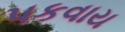
પકવાય